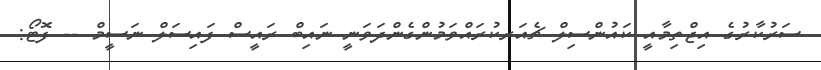
ސަރުކާރުގެ އިޖްތިމާއީ ކައުންސިލް ޗެއަރކުރައްވަމުންގެންދަވަނީ ނައިބް ރައީސް ފައިސަލް ނަސީމް -- ފޮޓޯ: